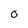
Character: O